Annual administration and progress report of the Indian Medical Department, Bombay
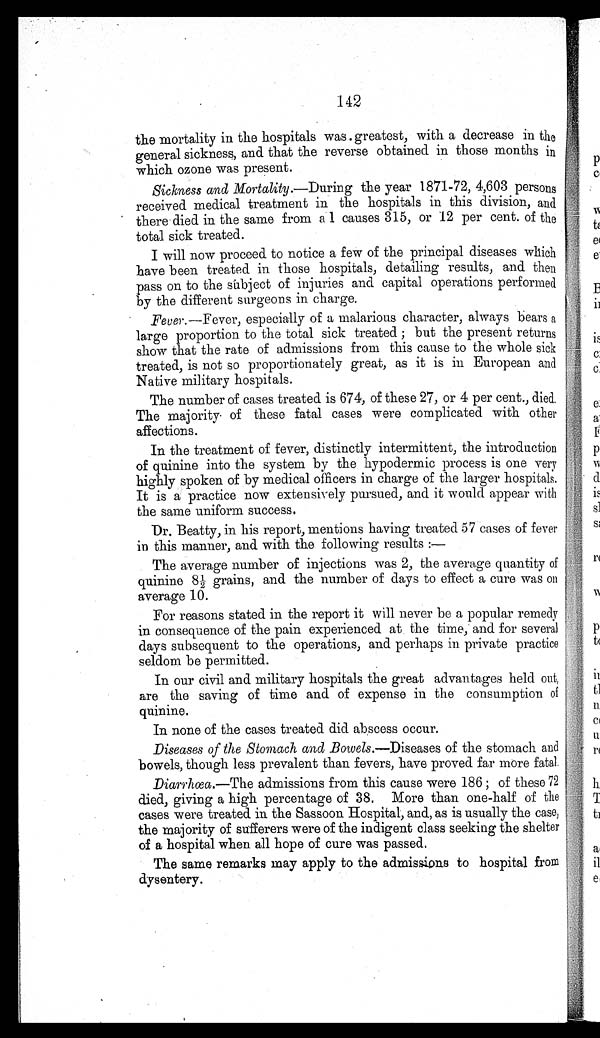
142
the mortality in the hospitals was greatest, with a decrease in the
general sickness, and that the reverse obtained in those months in
which ozone was present.
Sickness and Mortality.—During the year 1871-72, 4,603 persons
received medical treatment in the hospitals in this division, and
there died in the same from a 1 causes 315, or 12 per cent. of the
total sick treated.
I will now proceed to notice a few of the principal diseases which
have been treated in those hospitals, detailing results, and then
pass on to the subject of injuries and capital operations performed
by the different surgeons in charge.
Fever.—Fever, especially of a malarious character, always bears a
large proportion to the total sick treated ; but the present returns
show that the rate of admissions from this cause to the whole sick
treated, is not so proportionately great, as it is in European and
Native military hospitals.
The number of cases treated is 674, of these 27, or 4 per cent., died.
The majority of these fatal cases were complicated with other
affections.
In the treatment of fever, distinctly intermittent, the introduction
of quinine into the system by the hypodermic process is one very
highly spoken of by medical officers in charge of the larger hospitals.
It is a practice now extensively pursued, and it would appear with
the same uniform success.
Dr. Beatty, in his report, mentions having treated 57 cases of fever
in this manner, and with the following results :
—
The average number of injections was 2, the average quantity of
q u i n i n e 8 1 / 2 g r a i n s , a n d t h e n u mb e r o f d a y s t o e f f e c t a c u r e wa s o n
average 10.
For reasons stated in the report it will never be a popular remedy
in consequence of the pain experienced at the time, and for several
days subsequent to the operations, and perhaps in private practice
seldom be permitted.
In our civil and military hospitals the great advantages held out,
are the saving of time and of expense in the consumption of
quinine.
In none of the cases treated did abscess occur.
Diseases of the Stomach and Bowels.—Diseases of the stomach and
bowels, though less prevalent than fevers, have proved far more fatal.
Diarrhœa.
—The admissions from this cause were 186 ; of these 72
died, giving a high percentage of 38. More than one-half of the
cases were treated in the Sassoon Hospital, and, as is usually the case,
the majority of sufferers were of the indigent class seeking the shelter
of a hospital when all hope of cure was passed.
The same remarks may apply to the admissions to hospital from
dysentery.